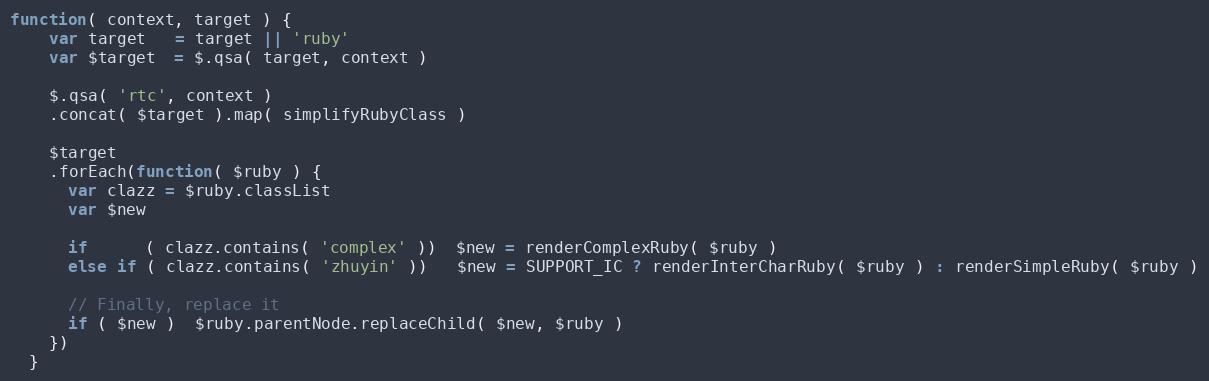
Language: JavaScript
function( context, target ) {
    var target   = target || 'ruby'
    var $target  = $.qsa( target, context )

    $.qsa( 'rtc', context )
    .concat( $target ).map( simplifyRubyClass )

    $target
    .forEach(function( $ruby ) {
      var clazz = $ruby.classList
      var $new

      if      ( clazz.contains( 'complex' ))  $new = renderComplexRuby( $ruby )
      else if ( clazz.contains( 'zhuyin' ))   $new = SUPPORT_IC ? renderInterCharRuby( $ruby ) : renderSimpleRuby( $ruby )

      // Finally, replace it
      if ( $new )  $ruby.parentNode.replaceChild( $new, $ruby )
    })
  }